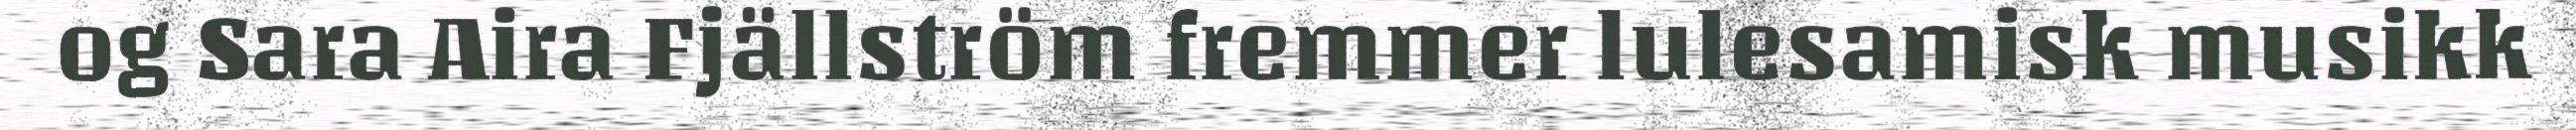
og Sara Aira Fjällström fremmer lulesamisk musikk